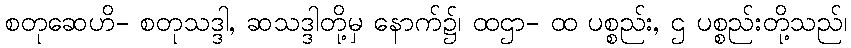
စတုဆေဟိ- စတုသဒ္ဒါ, ဆသဒ္ဒါတို့မှ နောက်၌၊ ထဌာ- ထ ပစ္စည်း, ဌ ပစ္စည်းတို့သည်၊